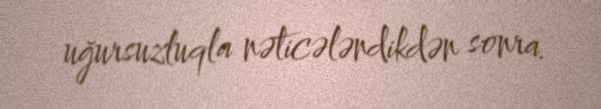
uğursuzluqla nəticələndikdən sonra.